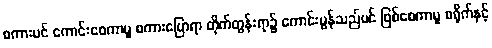
စကားပင် ကောင်းစေကာမူ စကားပြောရာ တိုက်တွန်းရာ၌ ကောင်းမွန်သည်ပင် ဖြစ်စေကာမူ စရိုက်နှင့်